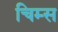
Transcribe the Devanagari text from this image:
चिम्स